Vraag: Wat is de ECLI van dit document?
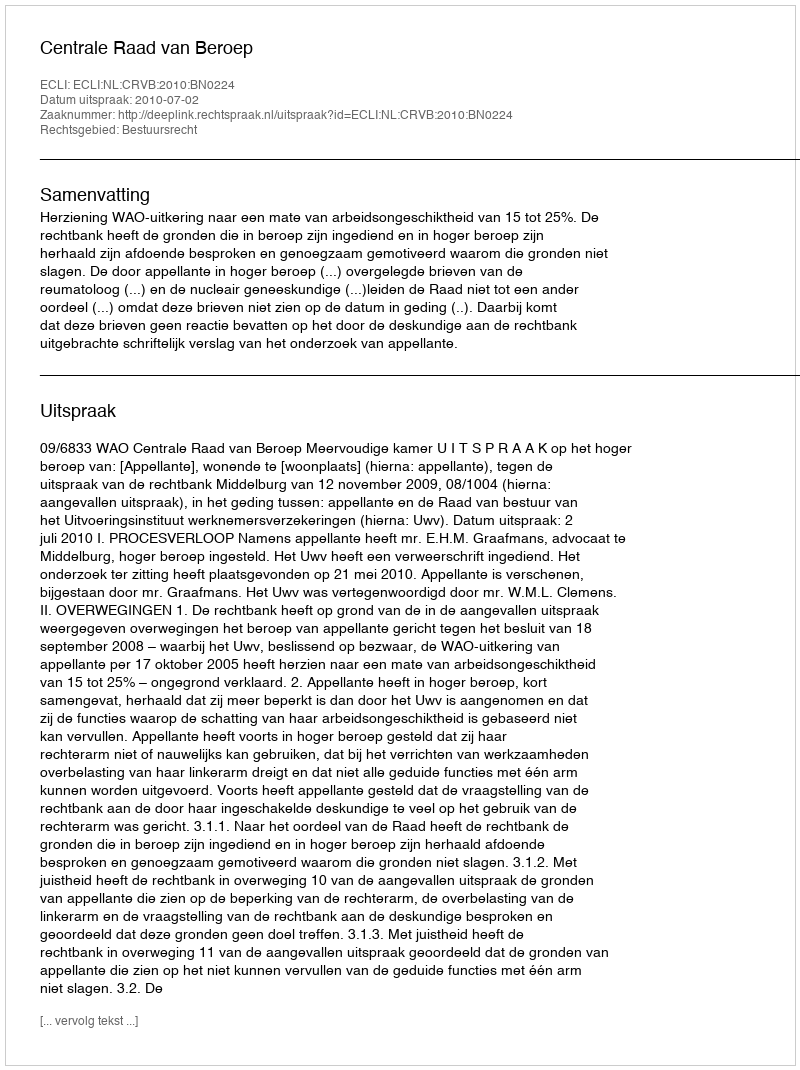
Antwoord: ECLI:NL:CRVB:2010:BN0224